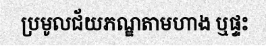
ប្រមូលជ័យភណ្ឌតាមហាង ឬផ្ទះ